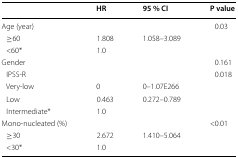
|  | HR | 95 % CI | P value |
 | --- | --- | --- | --- |
 | Age (year) |  |  | 0.03 |
 | ≥60 | 1.808 | 1.058–3.089 |  |
 | <60* | 1.0 |  |  |
 | Gender |  |  | 0.161 |
 | IPSS-R |  |  | 0.018 |
 | Very-low | 0 | 0–1.07E266 |  |
 | Low | 0.463 | 0.272–0.789 |  |
 | Intermediate* | 1.0 |  |  |
 | Mono-nucleated (%) |  |  | <0.01 |
 | ≥30 | 2.672 | 1.410–5.064 |  |
 | <30* | 1.0 |  |  |